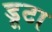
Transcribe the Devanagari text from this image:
डूटा